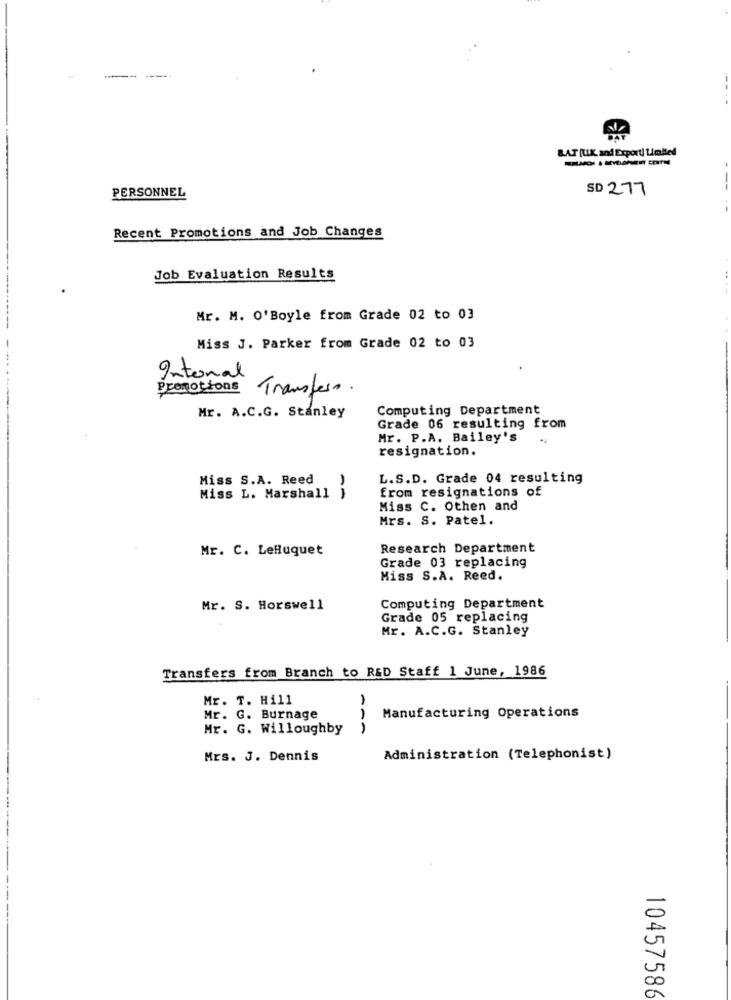
BAT (UX. and Exporti Limbed
SD 277
PERSONNEL
Recent Promotions and Job Changes
Job Evaluation Results
-----
Mr. M. O'Boyle from Grade 02 to 03
---
Miss J. Parker from Grade 02 to 03
Internal
Promotions Transfers.
Computing Department
Mr. A.C.G. Stanley
Grade 06 resulting from
Mr. P.A. Bailey's
resignation.
Miss S.A. Reed
L.S.D. Grade 04 resulting
from resignations of
Miss L. Marshall }
Miss C. Othen and
Mrs. S. Patel.
Mr. C. LeBuquet
Research Department
Grade 03 replacing
Miss S.A. Reed.
Mr. S. Horswell
Computing Department
Grade 05 replacing
Mr. A.C.G. Stanley
Transfers from Branch to R&D Staff 1 June, 1986
Mr. T. Hill
Mr. G. Burnage
Manufacturing Operations
Mr. G. Willoughby
Mrs. J. Dennis
Administration (Telephonist)
10457586